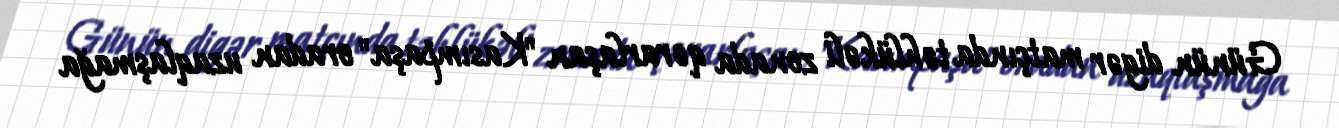
Günün digər matçında təhlükəli zonada qərarlaşan "Kasımpaşa" oradan uzaqlaşmağa